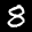
Label: 8